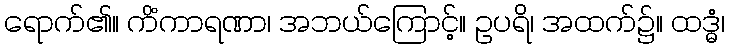
ရောက်၏။ ကိံကာရဏာ၊ အဘယ်ကြောင့်။ ဥပရိ၊ အထက်၌။ ထဒ္ဓံ၊